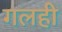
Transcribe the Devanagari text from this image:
गलही